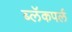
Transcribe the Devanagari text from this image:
ब्लॅकपर्ल